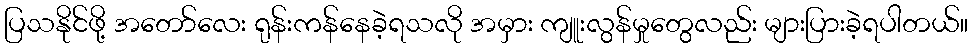
ပြသနိုင်ဖို့ အတော်လေး ရုန်းကန်နေခဲ့ရသလို အမှား ကျူးလွန်မှုတွေလည်း များပြားခဲ့ရပါတယ်။